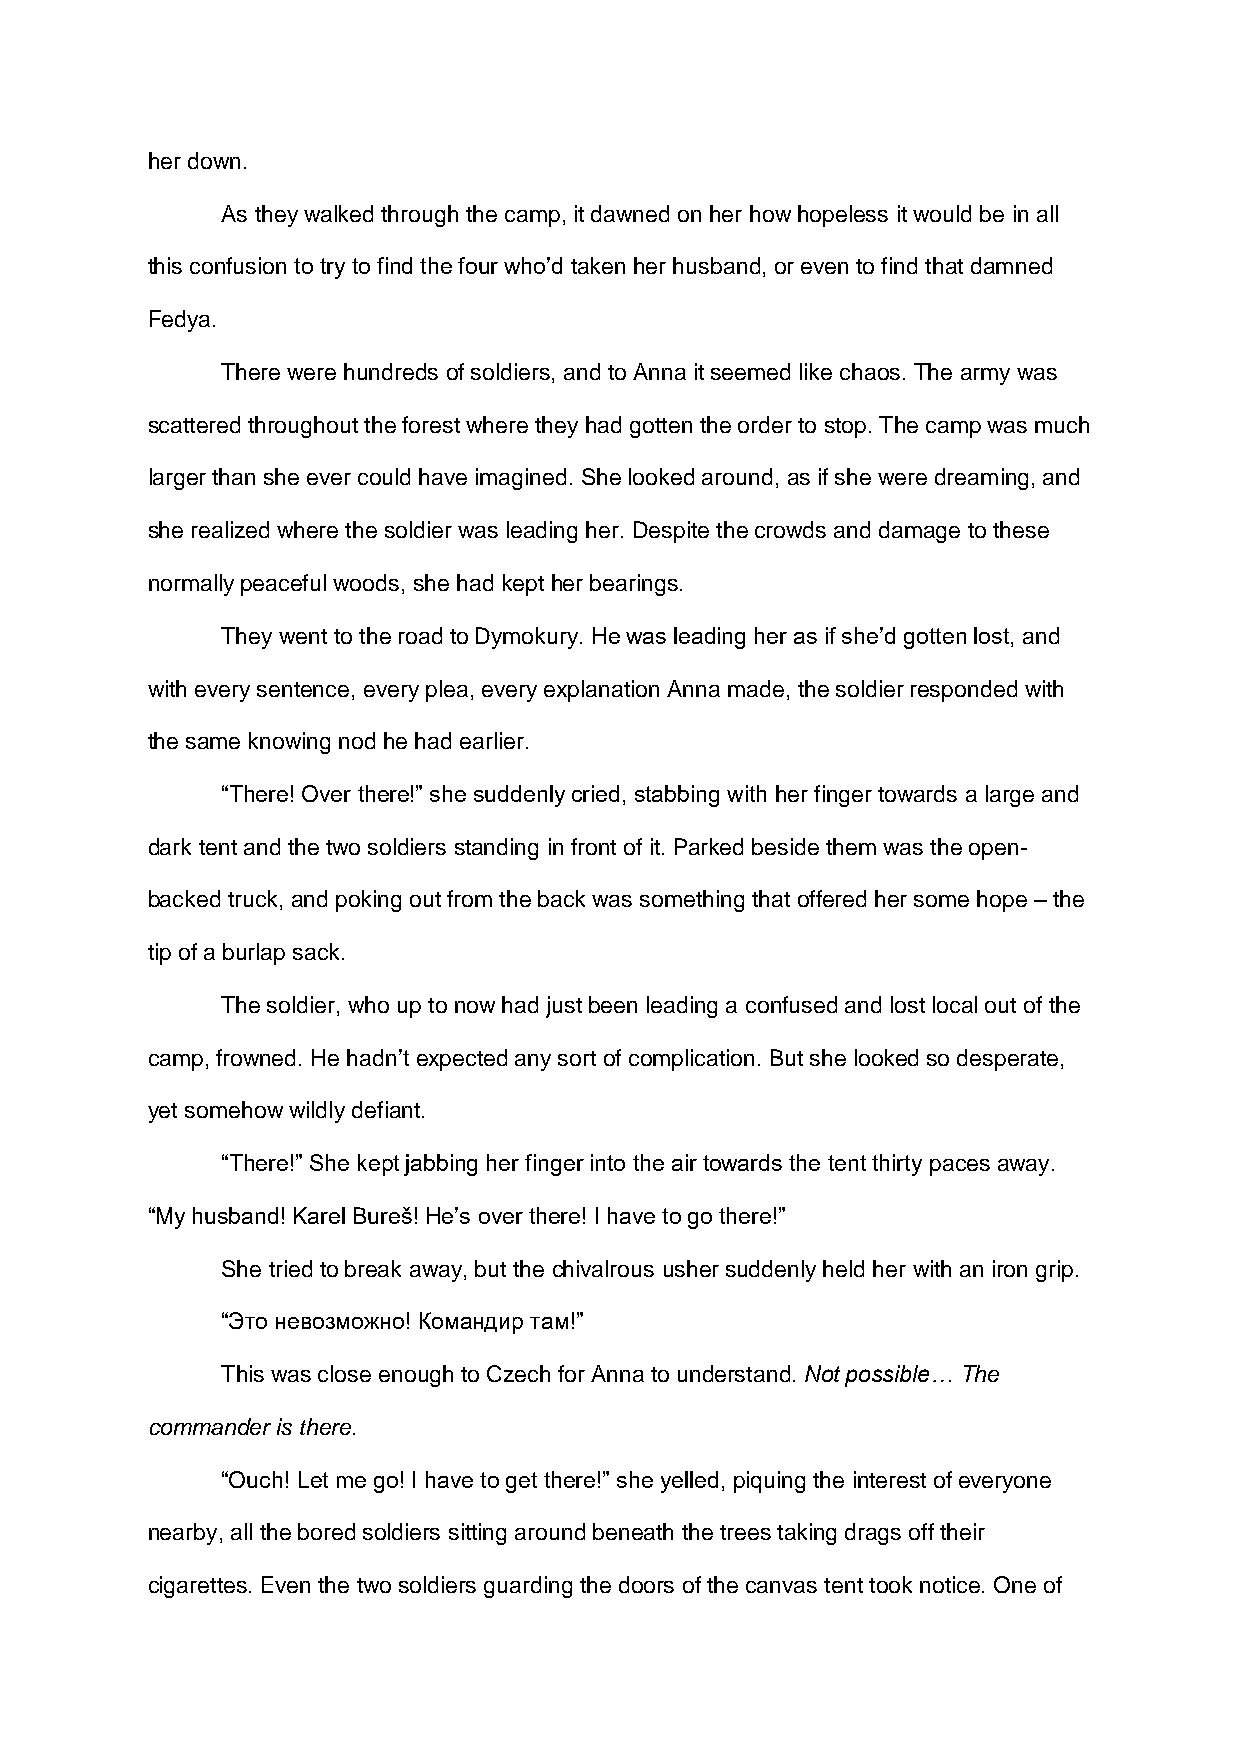
her down.
 As they walked through the camp, it dawned on her how hopeless it would be in all
 this confusion to try to find the four who’d taken her husband, or even to find that damned
 Fedya.
 There were hundreds of soldiers, and to Anna it seemed like chaos. The army was
 scattered throughout the forest where they had gotten the order to stop. The camp was much
 larger than she ever could have imagined. She looked around, as if she were dreaming, and
 she realized where the soldier was leading her. Despite the crowds and damage to these
 normally peaceful woods, she had kept her bearings.
 They went to the road to Dymokury. He was leading her as if she’d gotten lost, and
 with every sentence, every plea, every explanation Anna made, the soldier responded with
 the same knowing nod he had earlier.
 “There! Over there!” she suddenly cried, stabbing with her finger towards a large and
 dark tent and the two soldiers standing in front of it. Parked beside them was the open-
 backed truck, and poking out from the back was something that offered her some hope – the
 tip of a burlap sack.
 The soldier, who up to now had just been leading a confused and lost local out of the
 camp, frowned. He hadn’t expected any sort of complication. But she looked so desperate,
 yet somehow wildly defiant.
 “There!” She kept jabbing her finger into the air towards the tent thirty paces away.
 “My husband! Karel Bureš! He’s over there! I have to go there!”
 She tried to break away, but the chivalrous usher suddenly held her with an iron grip.
 “Это невозможно! Командир там!”
 This was close enough to Czech for Anna to understand. Not possible… The
 commander is there.
 “Ouch! Let me go! I have to get there!” she yelled, piquing the interest of everyone
 nearby, all the bored soldiers sitting around beneath the trees taking drags off their
 cigarettes. Even the two soldiers guarding the doors of the canvas tent took notice. One of